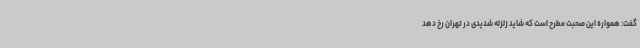
گفت: همواره این صحبت مطرح است که شاید زلزله شدیدی در تهران رخ دهد